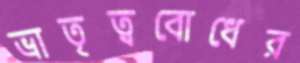
ভ্রাতৃত্ববোধের